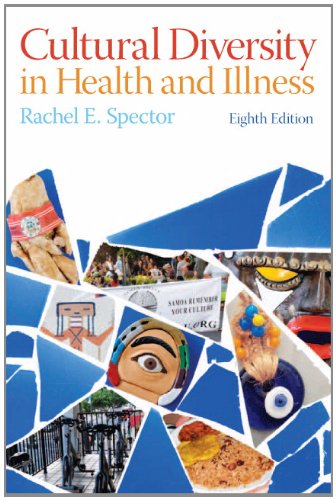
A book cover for Cultural Diversity in Health and Illness (8th Edition); Rachel E. Spector; Medical Books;